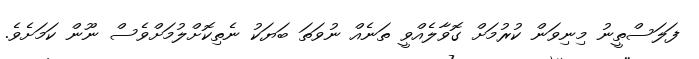
ފަލަސްތީނު މިނިވަން ކުރުމަށް ގޮވާލެއްވީ ތަނެއް ނުވަތަ ބަޔަކު ނެތިކޮށްލުމަށްވެސް ނޫން ކަމަށެވެ.